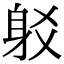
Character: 𨈠